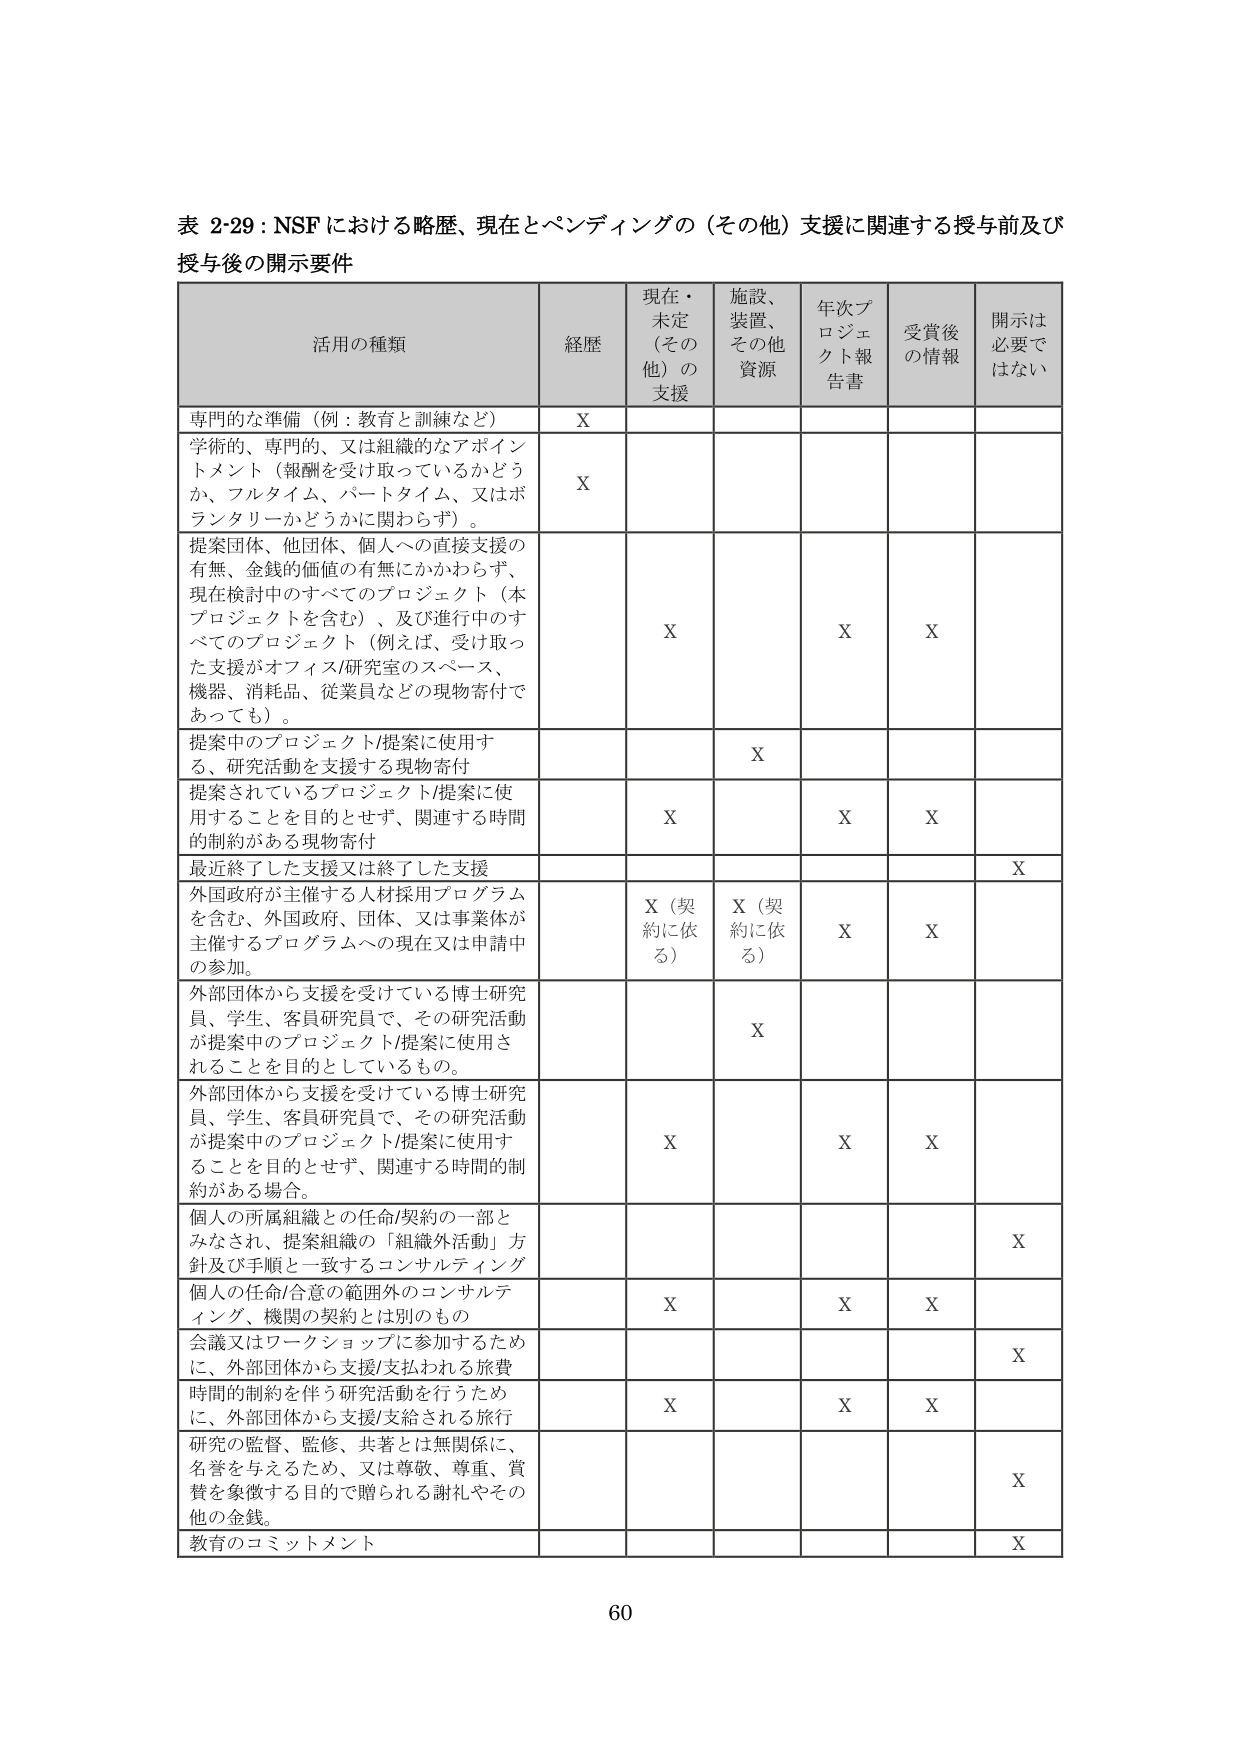
表 2-29：NSF における略歴、現在とペンディングの（その他）支援に関連する授与前及び授与後の開示要件

活用の種類 経歴 現在・未定（その他）の支援 施設、装置、その他資源 年次プロジェクト報告書 受賞後の情報 開示は必要ではない

専門的な準備（例：教育と訓練など） X

学術的、専門的、又は組織的なアポイントメント（報酬を受け取っているかどうか、フルタイム、パートタイム、又はボランタリーかどうかに関わらず）。 X

提案団体、他団体、個人への直接支援の有無、金銭的価値の有無にかかわらず、現在検討中のすべてのプロジェクト（本プロジェクトを含む）、及び進行中のすべてのプロジェクト（例えば、受け取った支援がオフィス/研究室のスペース、機器、消耗品、従業員などの現物寄付であっても）。 X X X

提案中のプロジェクト/提案に使用する、研究活動を支援する現物寄付 X

提案されているプロジェクト/提案に使用することを目的とせず、関連する時間的制約がある現物寄付 X X X

最近終了した支援又は終了した支援 X

外国政府が主催する人材採用プログラムを含む、外国政府、団体、又は事業体が主催するプログラムへの現在又は申請中の参加。 X（契約に依る） X（契約に依る） X X

外部団体から支援を受けている博士研究員、学生、客員研究員で、その研究活動が提案中のプロジェクト/提案に使用されることを目的としているもの。 X

外部団体から支援を受けている博士研究員、学生、客員研究員で、その研究活動が提案中のプロジェクト/提案に使用することを目的とせず、関連する時間的制約がある場合。 X X X

個人の所属組織との任命/契約の一部とみなされ、提案組織の「組織外活動」方針及び手順と一致するコンサルティング X

個人の任命/合意の範囲外のコンサルティング、機関の契約とは別のもの X X X

会議又はワークショップに参加するために、外部団体から支援/支払われる旅費 X

時間的制約を伴う研究活動を行うために、外部団体から支援/支給される旅行 X X X

研究の監督、監修、共著とは無関係に、名誉を与えるため、又は尊敬、尊重、賞賛を象徴する目的で贈られる謝礼やその他の金銭。 X

教育のコミットメント X

60